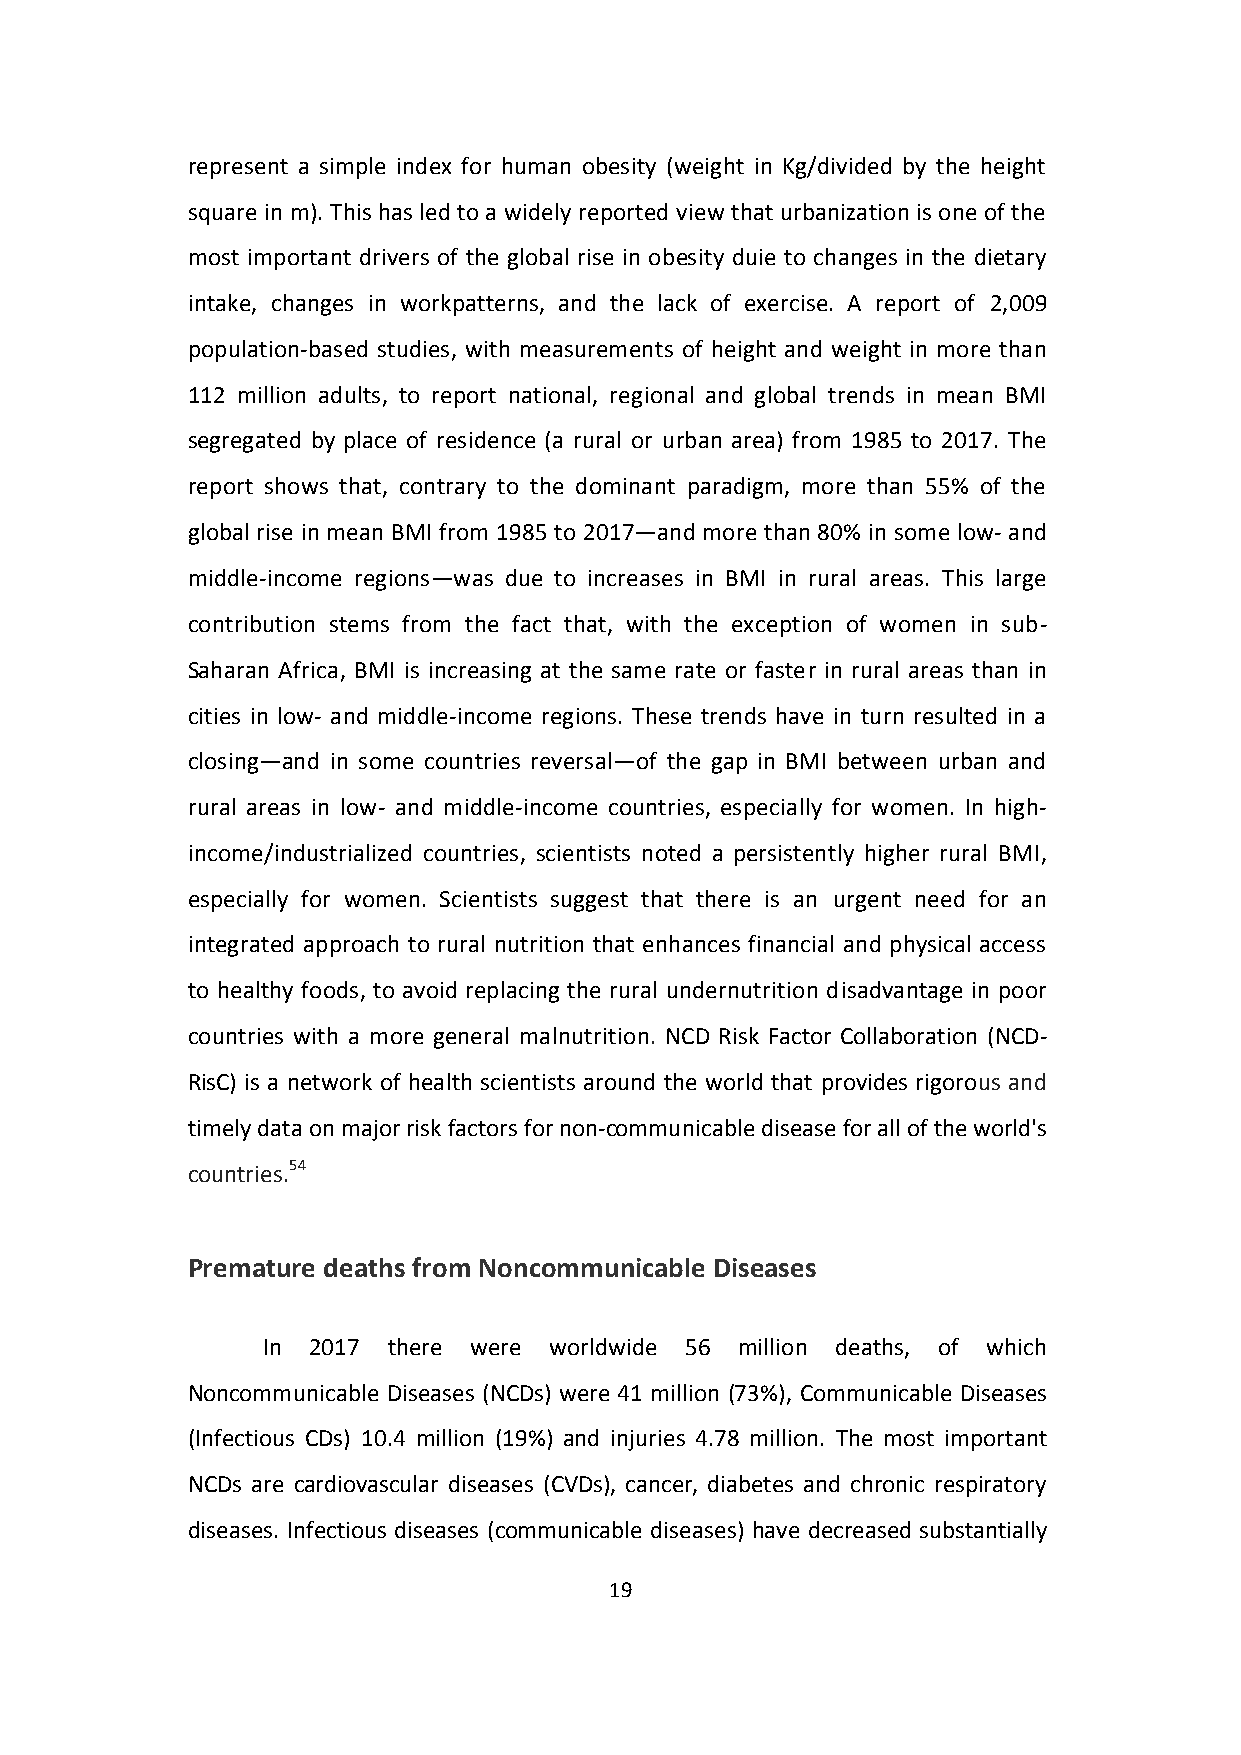
represent a simple index for human obesity (weight in Kg/divided by the height
 square in m). This has led to a widely reported view that urbanization is one of the
 most important drivers of the global rise in obesity duie to changes in the dietary
 intake, changes in workpatterns, and the lack of exercise. A report of 2,009
 population-based studies, with measurements of height and weight in more than
 112 million adults, to report national, regional and global trends in mean BMI
 segregated by place of residence (a rural or urban area) from 1985 to 2017. The
 report shows that, contrary to the dominant paradigm, more than 55% of the
 global rise in mean BMI from 1985 to 2017—and more than 80% in some low- and
 middle-income regions—was due to increases in BMI in rural areas. This large
 contribution stems from the fact that, with the exception of women in sub-
 Saharan Africa, BMI is increasing at the same rate or faster in rural areas than in
 cities in low- and middle-income regions. These trends have in turn resulted in a
 closing—and in some countries reversal—of the gap in BMI between urban and
 rural areas in low- and middle-income countries, especially for women. In high-
 income/industrialized countries, scientists noted a persistently higher rural BMI,
 especially for women. Scientists suggest that there is an urgent need for an
 integrated approach to rural nutrition that enhances financial and physical access
 to healthy foods, to avoid replacing the rural undernutrition disadvantage in poor
 countries with a more general malnutrition. NCD Risk Factor Collaboration (NCD-
 RisC) is a network of health scientists around the world that provides rigorous and
 timely data on major risk factors for non-communicable disease for all of the world's
 countries.54
 Premature deaths from Noncommunicable Diseases
 In 2017  there were worldwide 56 million deaths, of which
 Noncommunicable Diseases (NCDs) were 41 million (73%), Communicable Diseases
 (Infectious CDs) 10.4 million (19%) and injuries 4.78 million. The most important
 NCDs are cardiovascular diseases (CVDs), cancer, diabetes and chronic respiratory
 diseases. Infectious diseases (communicable diseases) have decreased substantially
 19